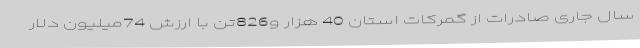
سال جاری صادرات از گمرکات استان 40 هزار و826تن با ارزش 74میلیون دلار